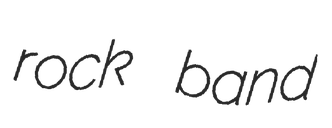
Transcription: rock band